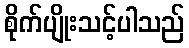
စိုက်ပျိုးသင့်ပါသည်